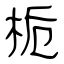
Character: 栀